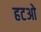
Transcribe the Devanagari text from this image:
हटओ